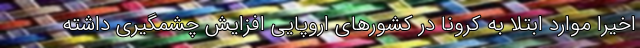
اخیرا موارد ابتلا به کرونا در کشورهای اروپایی افزایش چشمگیری داشته